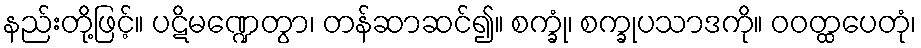
နည်းတို့ဖြင့်။ ပဋိမဏ္ဍေတွာ၊ တန်ဆာဆင်၍။ စက္ခုံ၊ စက္ခုပသာဒကို။ ဝဝတ္ထပေတုံ၊